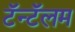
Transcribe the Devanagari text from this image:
टॅन्टॅलम